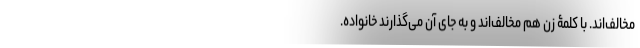
مخالف‌اند. با کلمۀ زن هم مخالف‌اند و به جای آن می‌گذارند خانواده.